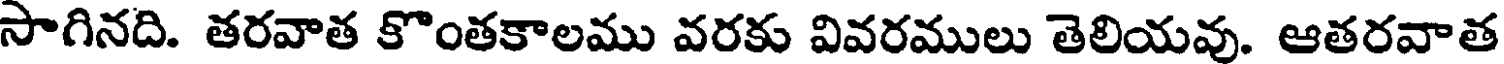
సాగినది. తరవాత కొంతకాలము వరకు వివరములు తెలియవు. ఆతరవాత